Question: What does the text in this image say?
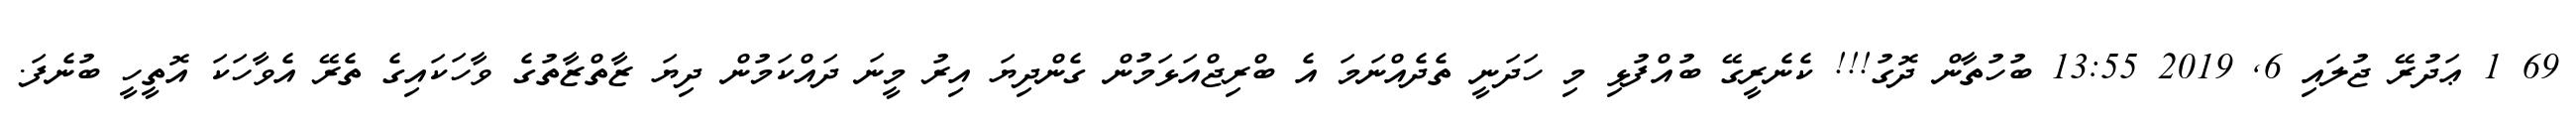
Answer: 69 1 ޢަދުރޭ ޖުލައި 6, 2019 13:55 ބުހުތާން ދޮގު!!! ކެނެރީގޭ ބުއްފުޅި މި ހަދަނީ ތެދެއްނަމަ އެ ބްރިޖްއަޅަމުން ގެންދިޔަ އިރު މީނަ ދައްކަމުން ދިޔަ ޒާތްޒާތުގެ ވާހަކައިގެ ތެރޭ އެވާހަކަ އޮތީހީ ބުނެފަ.